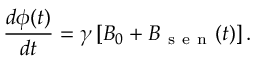
\frac { d \phi ( t ) } { d t } = \gamma \left[ B _ { 0 } + B _ { \mathrm { ~ s ~ e ~ n ~ } } ( t ) \right] .